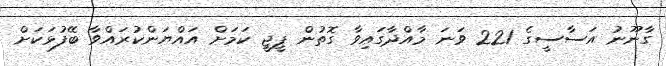
ގާނޫނު އަސާސީގެ 221 ވަނަ މާއްދާގައިވާ ގޮތުން ޕީޖީ ކަމަށް އައްޔަންކުރައްވާ ބޭފުޅަކަށް